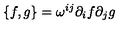
\{ f , g \} = \omega ^ { i j } \partial _ { i } f \partial _ { j } g